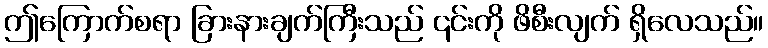
ဤကြောက်စရာ ခြားနားချက်ကြီးသည် ၎င်းကို ဖိစီးလျက် ရှိလေသည်။